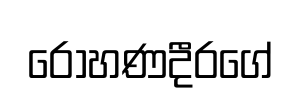
රෝහණදීරගේ